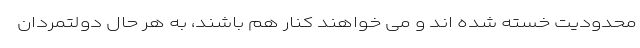
محدودیت خسته شده اند و می خواهند کنار هم باشند، به هر حال دولتمردان